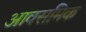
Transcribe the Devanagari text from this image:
आक्समिक